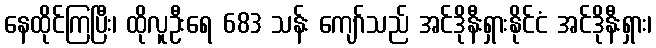
နေထိုင်ကြပြီး၊ ထိုလူဦးရေ 683 သန်း ကျော်သည် အင်ဒိုနီးရှားနိုင်ငံ အင်ဒိုနီးရှား၊